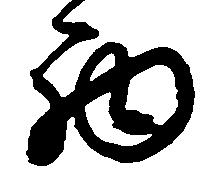
西